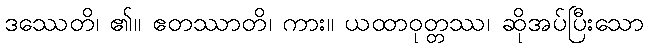
ဒဿေတိ၊ ၏။ ဧတဿာတိ၊ ကား။ ယထာဝုတ္တဿ၊ ဆိုအပ်ပြီးသော